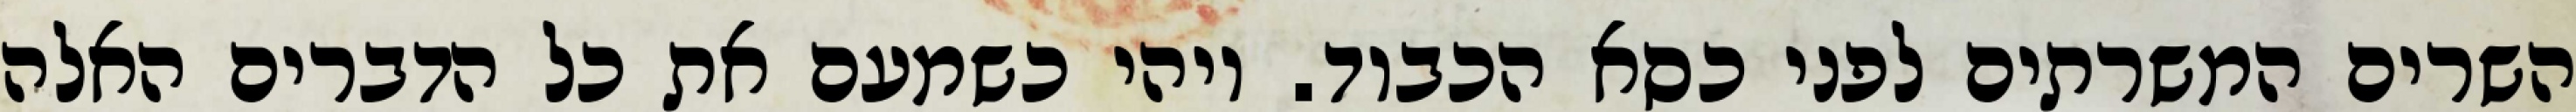
השרים המשרתים לפני כסא הכבוד. ויהי כשמעם את כל הדברים האלה